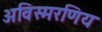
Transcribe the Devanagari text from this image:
अविस्मरणिय